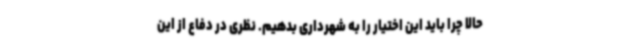
حالا چرا باید این اختیار را به شهرداری بدهیم. نظری در دفاع از این